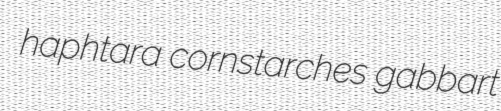
haphtara cornstarches gabbart